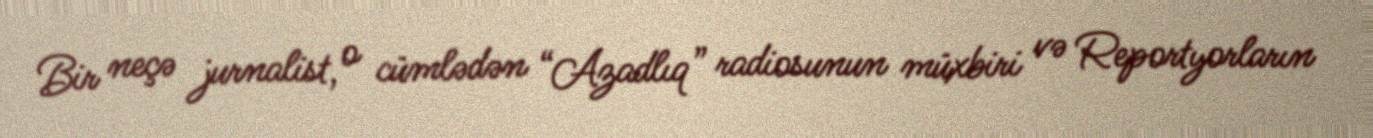
Bir neçə jurnalist, o cümlədən “Azadlıq” radiosunun müxbiri və Reportyorların